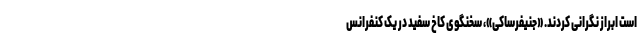
است ابراز نگرانی کردند. «جنیفرساکی»، سخنگوی کاخ سفید در یک کنفرانس